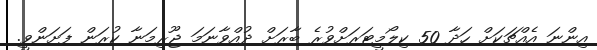
އިންނަ އެއްޗަކަށް ހަދާ 50 ކިލޯމީޓަރަށްވުރެ ބާރަށް ދުއްވާނަމަ ޖޫރިމަނާ ކުރަން ފަށަންވީ.